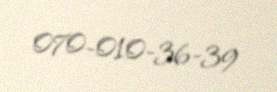
070-010-36-39